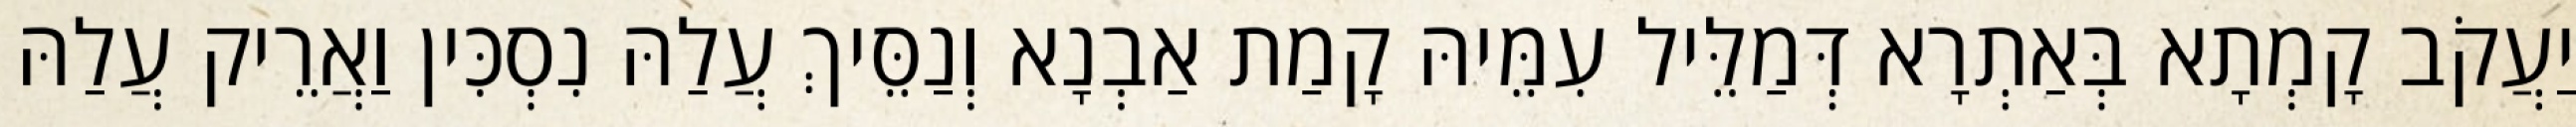
יַעֲקֹב קָמְתָא בְּאַתְרָא דְּמַלֵּיל עִמֵּיהּ קָמַת אַבְנָא וְנַסֵּיךְ עֲלַהּ נִסְכִּין וַאֲרֵיק עֲלַהּ